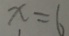
x = 6